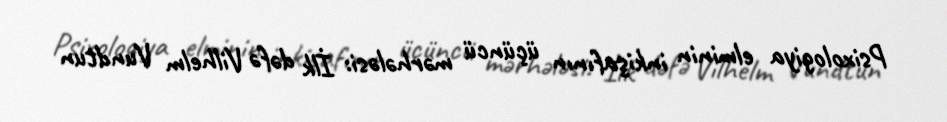
Psixologiya elminin inkişafının üçüncü mərhələsi: İlk dəfə Vilhelm Vundtun